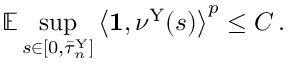
\mathbb { E } \operatorname* { s u p } _ { s \in [ 0 , \bar { \tau } _ { n } ^ { \mathrm { Y } } ] } \left\langle \mathbf { 1 } , \nu ^ { \mathrm { Y } } ( s ) \right\rangle ^ { p } \leq C \, .